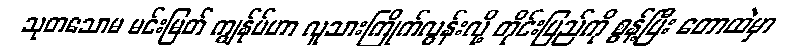
သုတသောမ မင်းမြတ် ကျွန်ုပ်ဟာ လူသားကြိုက်လွန်းလို့ တိုင်းပြည်ကို စွန့်ပြီး တောထဲမှာ